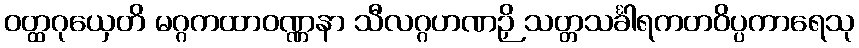
ဝတ္ထဂုယှေတိ မဂ္ဂကထာဝဏ္ဏနာ သီလဂ္ဂဟဏဉှိ သတ္တသင်္ခါရကတဝိပ္ပကာရေသု